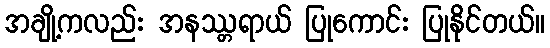
အချို့ကလည်း အနဿ္တရာယ် ပြုကောင်း ပြုနိုင်တယ်။